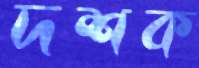
দশক